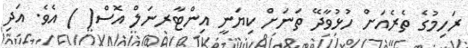
ރަހިމުގެ ތެރެއަށް ހުޅުވާދޭ ތަނަށް ކިޔަނީ އިންޓާރނަލް އޮސް( ) އެވެ. އަދި